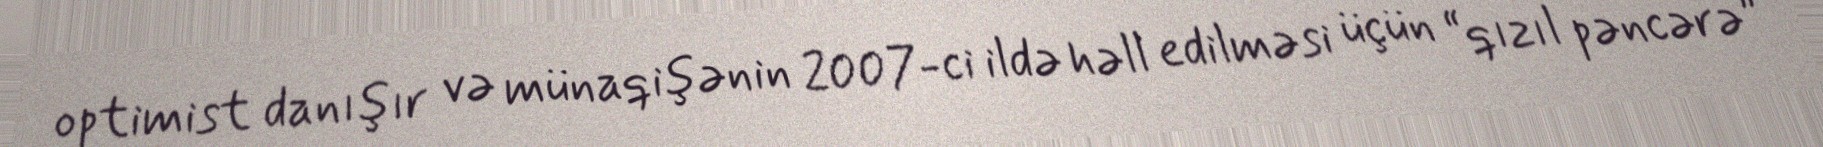
optimist danışır və münaqişənin 2007-ci ildə həll edilməsi üçün “qızıl pəncərə”